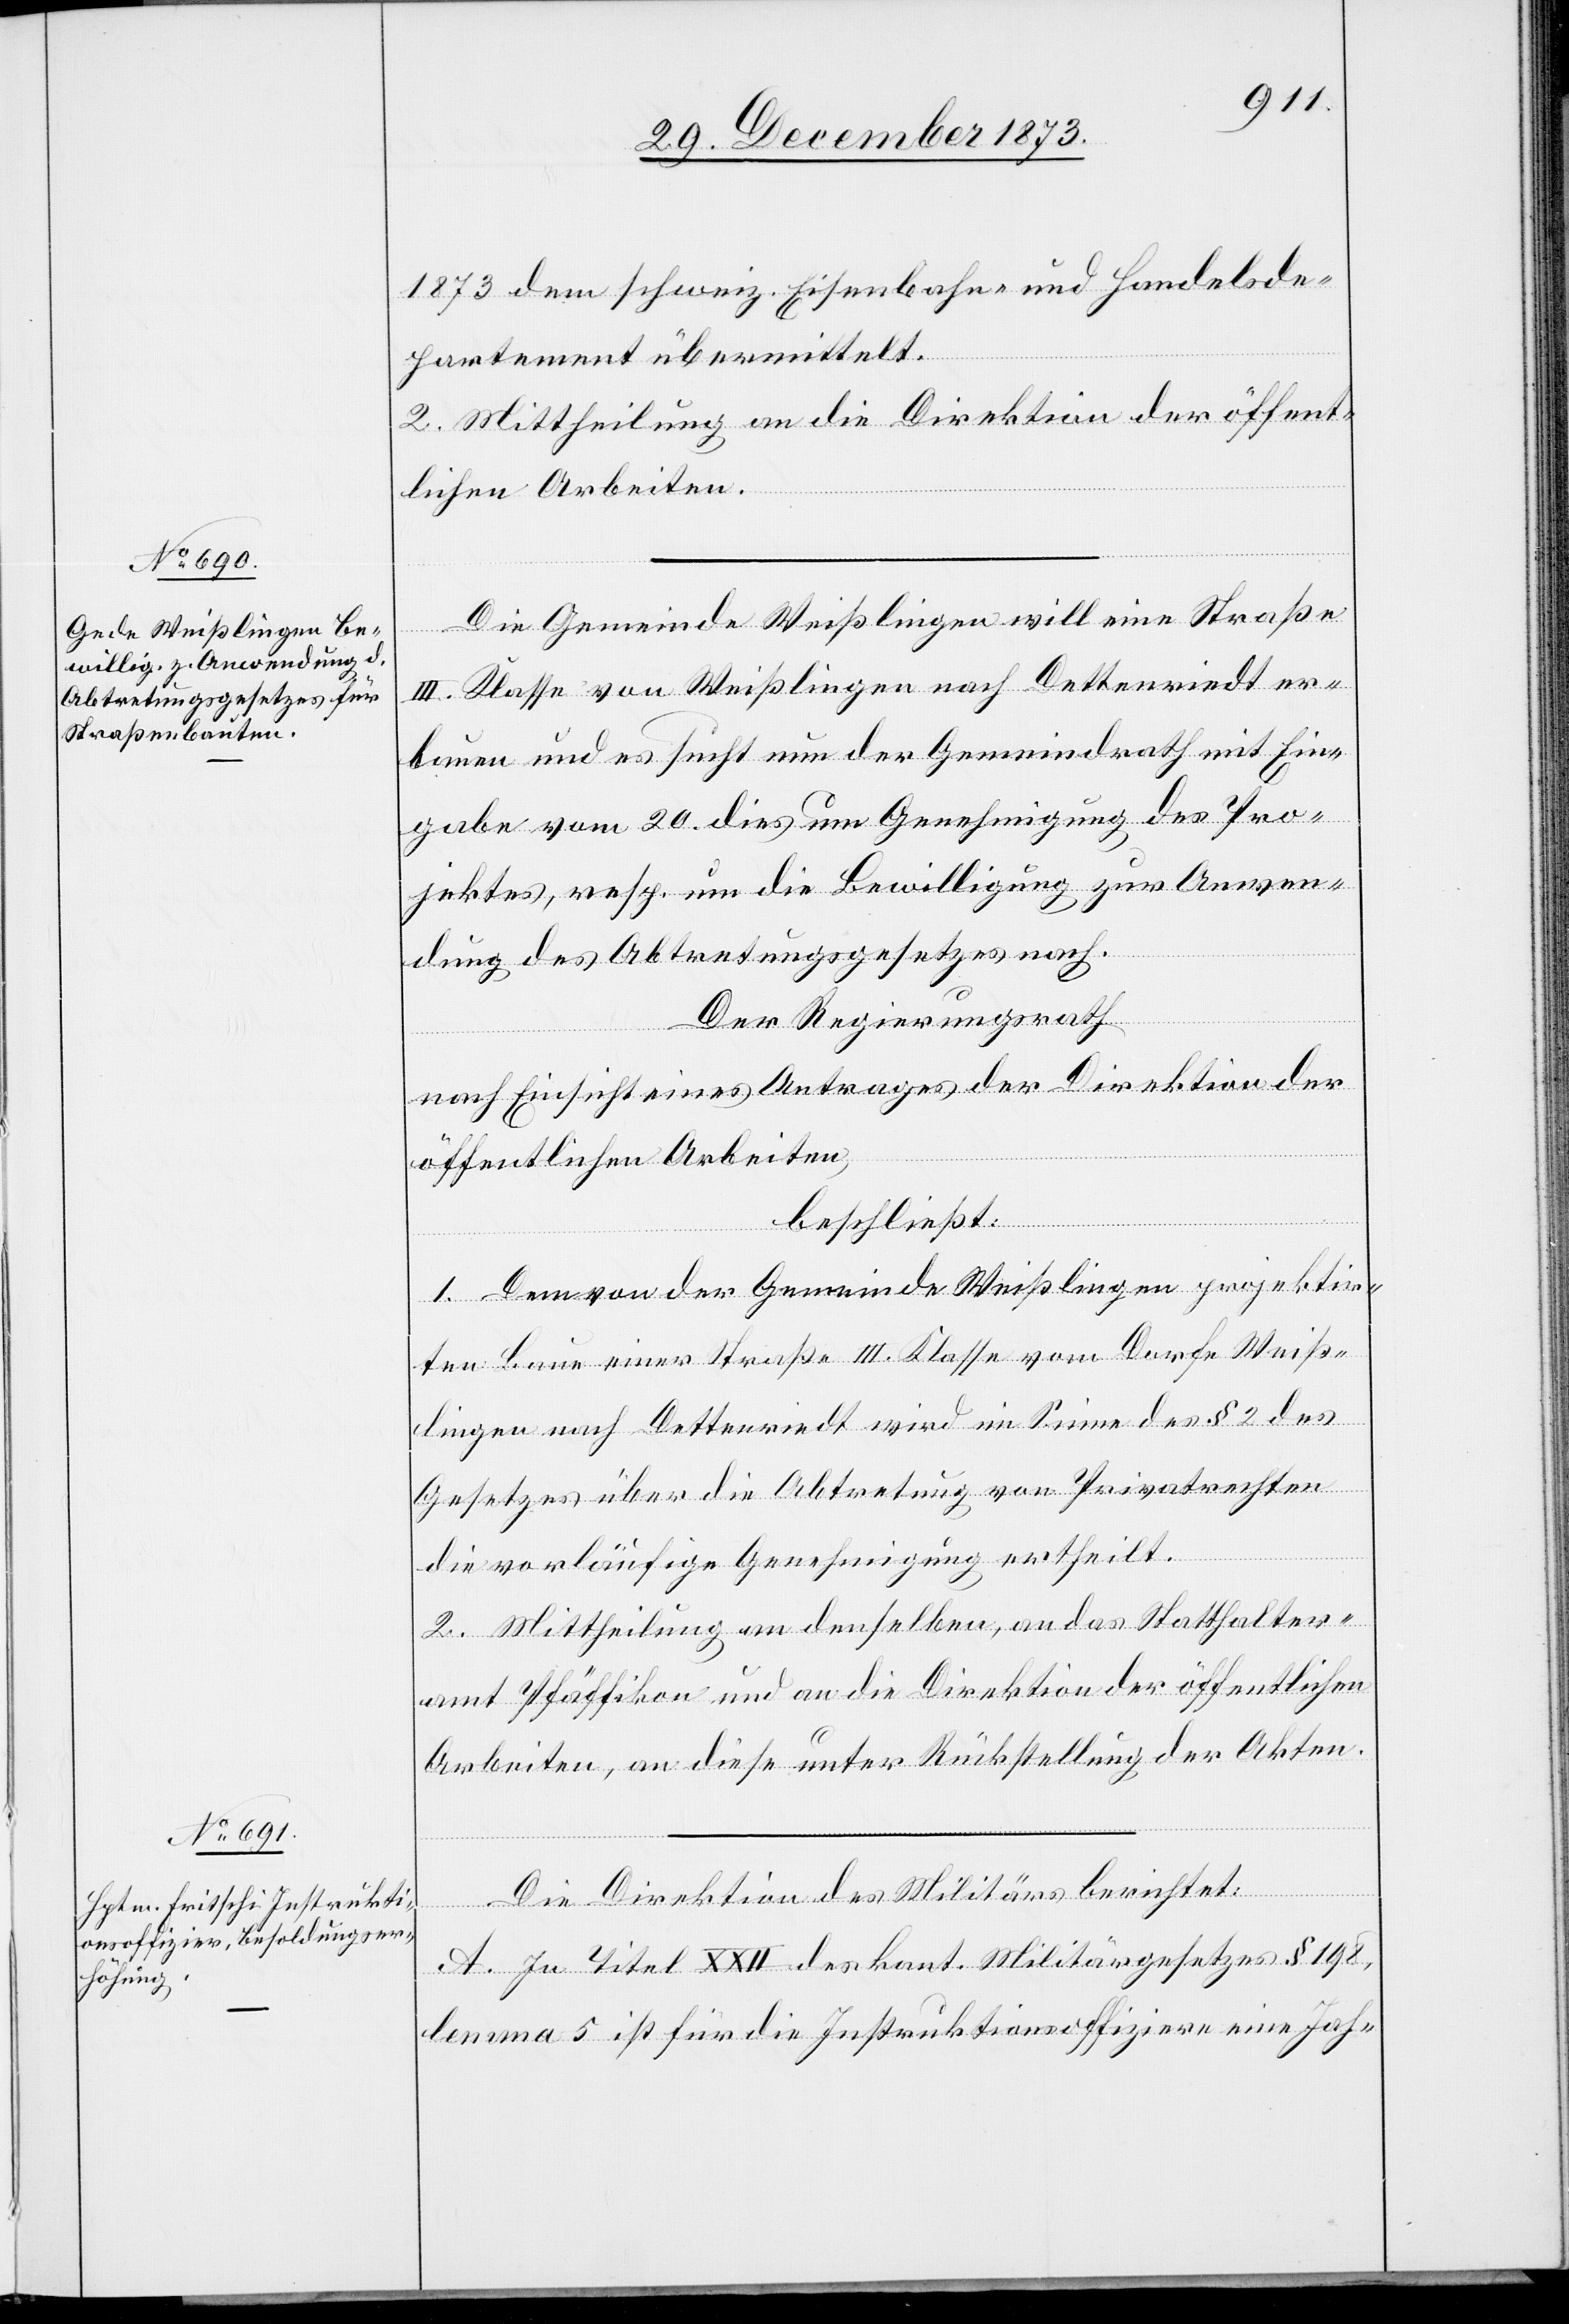
1873 dem schweiz. Eisenbahn- und Handelsde¬
partement übermittelt.
2. Mittheilung an die Direktion der öffent¬
lichen Arbeiten.
Die Gemeinde Weißlingen will eine Straße
III. Klasse von Weißlingen nach Dettenriedt er¬
bauen und es sucht nun der Gemeindrath mit Ein¬
gabe vom 20. dies um Genehmigung des Pro¬
jektes, resp. um die Bewilligung zur Anwen¬
dung des Abtretungsgesetzes nach.
Der Regierungsrath
nach Einsicht eines Antrages der Direktion der
öffentlichen Arbeiten,
beschließt:
1. Dem von der Gemeinde Weißlingen projektir¬
ten Baue einer Straße III. Klasse vom Dorfe Weiß¬
lingen nach Dettenriedt wird im Sinne des § 2 des
Gesetzes über die Abtretung von Privatrechten
die vorläufige Genehmigung ertheilt.
2. Mittheilung an denselben, an das Statthalter¬
amt Pfäffikon und an die Direktion der öffentlichen
Arbeiten, an diese unter Rückstellung der Akten.
Die Direktion des Militärs berichtet:
A. In Titel XXII des kant. Militärgesetzes § 198,
lemma 5 ist für die Instruktionsoffiziere eine Jah-